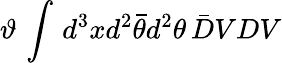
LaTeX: \vartheta\, \int\, d^{3}xd^{2}\bar{\theta}d^{2}\theta\, \bar{D}VDV